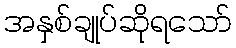
အနှစ်ချုပ်ဆိုရသော်